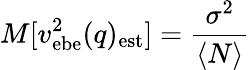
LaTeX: M[v_{\mathrm{ebe}}^{2}(q)_{\mathrm{est}}]={\frac{\sigma^{2}}{\langle N\rangle}}